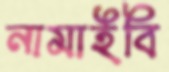
নামাইবি